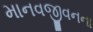
માનવજીવનના